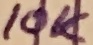
Text: 10K